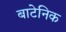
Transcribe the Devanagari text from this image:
बाटेनिक